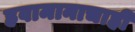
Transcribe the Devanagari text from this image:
हवामानाचाही